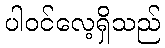
ပါဝင်လေ့ရှိသည်